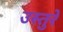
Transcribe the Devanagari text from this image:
उस्तुरे